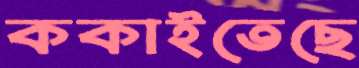
ককাইতেছে